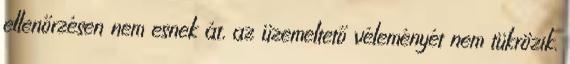
ellenőrzésen nem esnek át, az üzemeltető véleményét nem tükrözik.